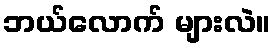
ဘယ်လောက် များလဲ။